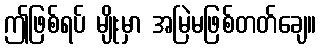
ဤဖြစ်ရပ် မျိုးမှာ အမြဲမဖြစ်တတ်ချေ။